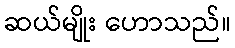
ဆယ်မျိုး ဟောသည်။